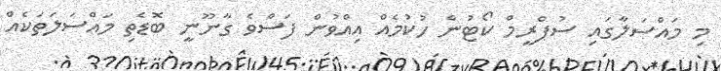
މި މައްސަލާގައި ސުޕްރީމް ކޯޓުން ހުކުމެއް އިއްވުން ފަސްވެ ގާނޫނީ ބޮޑެތި މައްސަލަތަކެއް